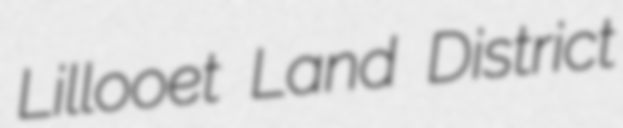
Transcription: Lillooet Land District